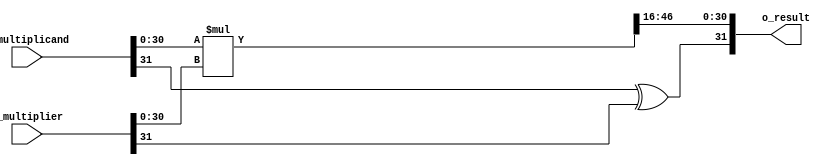
`timescale 1ns / 1ps

module qmult #(parameter Q = 16, parameter N = 32)(
	input [N-1:0] i_multiplicand,
	input [N-1:0] i_multiplier,
	output [N-1:0] o_result
);

// The underlying assumption, here, is that both fixed-point values are of the same length (N,Q)
// Because of this, the results will be of length N+N = 2N bits.
// This also simplifies the hand-back of results, as the binimal point 
// will always be in the same location.

// Multiplication by 2 values of N bits requires a register that is N+N = 2N deep.
reg [2*N-1:0] r_result;
reg [N-1:0] r_ret_val;

// Only handing back the same number of bits as we received with fixed point in same location.
assign o_result = r_ret_val;

// Do the multiply any time the inputs change
always @(i_multiplicand, i_multiplier)
begin
	// Removing the sign bits from the multiply - that would introduce *big* errors.
	r_result <= i_multiplicand[N-2:0] * i_multiplier[N-2:0];
end

// This always block will throw a warning, as it uses a & b, but only acts on changes in result.
always @(r_result)
begin
	// Any time the result changes, we need to recompute the sign bit,
	// which is the XOR of the input sign bits.
	r_ret_val[N-1] <= i_multiplicand[N-1] ^ i_multiplier[N-1];
	// And we also need to push the proper N bits of result up to the calling entity
	r_ret_val[N-2:0] <= r_result[N-2+Q:Q];
end

endmodule